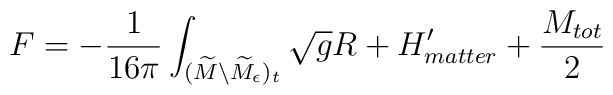
F = -{1\over16\pi}\int_{(\widetilde M\backslash \widetilde M_\epsilon )_t}\sqrt{ g } R + H'_{matter}+ { M_{tot}\over 2}